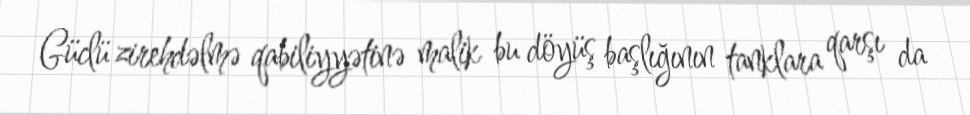
Güclü zirehdəlmə qabiliyyətinə malik bu döyüş başlığının tanklara qarşı da